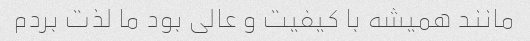
مانند همیشه با کیفیت و عالی بود ما لذت بردم